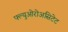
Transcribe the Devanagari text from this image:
फ्ल्युओरोअसिटेट